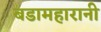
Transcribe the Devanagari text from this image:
बडामहारानी